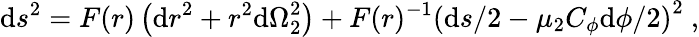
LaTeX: \mathrm{d}s^{2}=F(r)\left({\mathrm{d}r}^{2}+r^{2}{\mathrm{d}\Omega}_{2}^{2}\right)+F(r)^{-1}\left({\mathrm{d}s}/2-\mu_{2}C_{\phi}{\mathrm{d}\phi}/2\right)^{2}\ ,